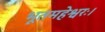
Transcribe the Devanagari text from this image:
भूतमहेश्वरः।